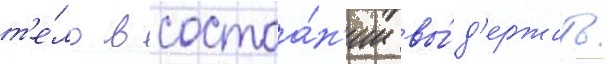
т'е́ло в состоа́н'ии вы́д'ержать